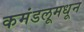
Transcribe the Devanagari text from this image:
कमंडलूमधून